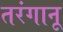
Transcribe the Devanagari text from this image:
तरंगानू